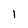
Character: 1